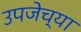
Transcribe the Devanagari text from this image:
उपजेच्या